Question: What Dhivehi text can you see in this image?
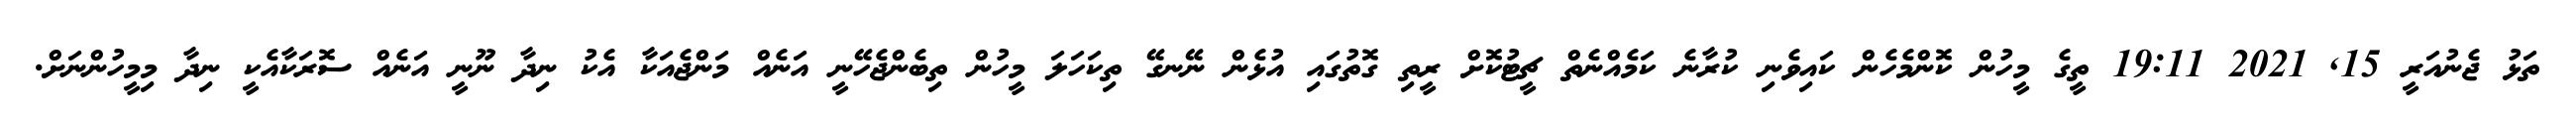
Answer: ތަޅު ޖެނުއަރީ 15, 2021 19:11 ތީގެ މީހުން ކޮންމެހެން ކައިވެނި ކުރާނެ ކަމެއްނެތް ޗީޓުކޮށް ރީތި ގޮތުގައި އުޅެން ނޭނގޭ ތިކަހަލަ މީހުން ތިބެންޖެހޭނީ އަނެއް މަންޖެއަކާ އެކު ނިދާ ނޫނީ އަނެއް ސޮރަކާއެކީ ނިދާ މިމީހުންނަށް.